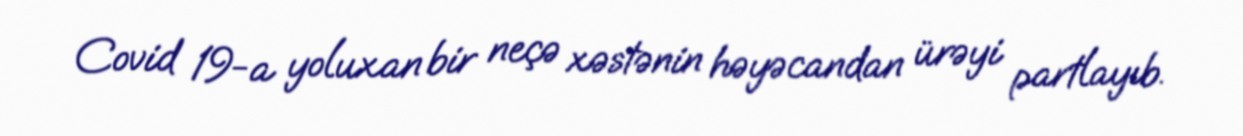
Covid 19-a yoluxan bir neçə xəstənin həyəcandan ürəyi partlayıb.